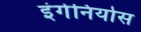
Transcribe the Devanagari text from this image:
इंगेनियोस